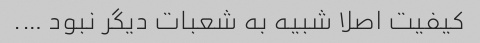
کیفیت اصلا شبیه به شعبات دیگر نبود ….